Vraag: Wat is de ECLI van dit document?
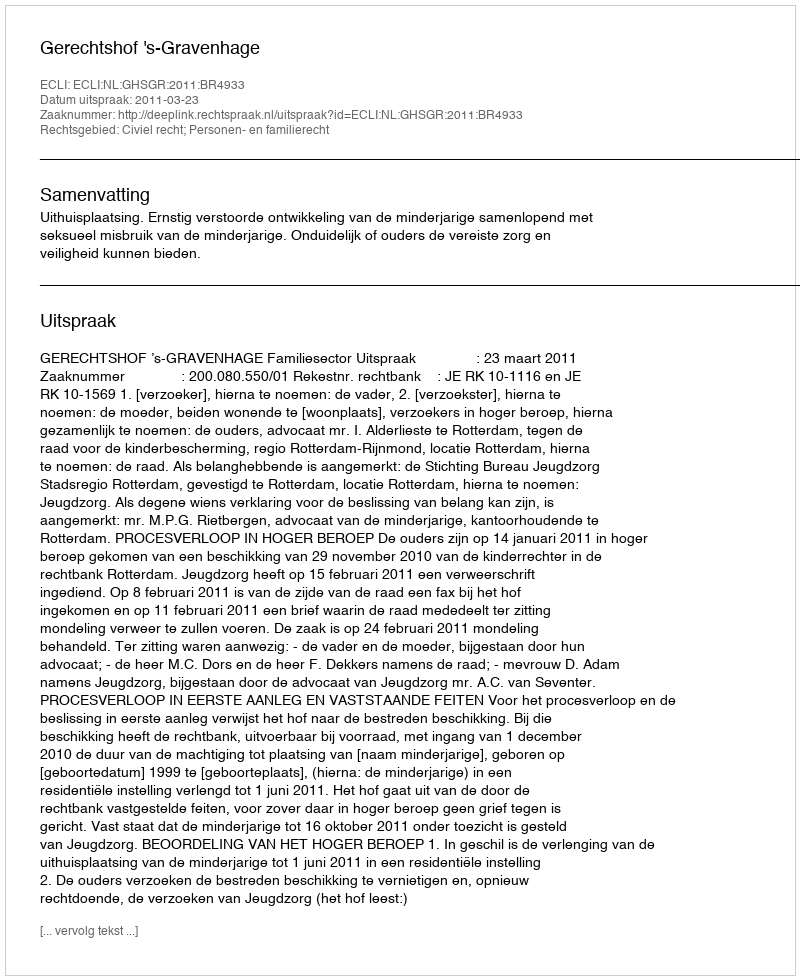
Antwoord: ECLI:NL:GHSGR:2011:BR4933